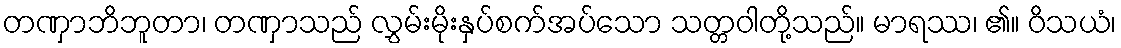
တဏှာဘိဘူတာ၊ တဏှာသည် လွှမ်းမိုးနှပ်စက်အပ်သော သတ္တဝါတို့သည်။ မာရဿ၊ ၏။ ဝိသယံ၊